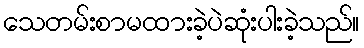
သေတမ်းစာမထားခဲ့ပဲဆုံးပါးခဲ့သည်။